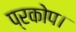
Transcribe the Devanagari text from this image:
प्रकोप।